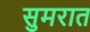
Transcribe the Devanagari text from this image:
सुमरात